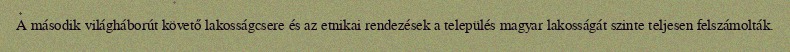
A második világháborút követő lakosságcsere és az etnikai rendezések a település magyar lakosságát szinte teljesen felszámolták.